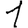
Digit: 1